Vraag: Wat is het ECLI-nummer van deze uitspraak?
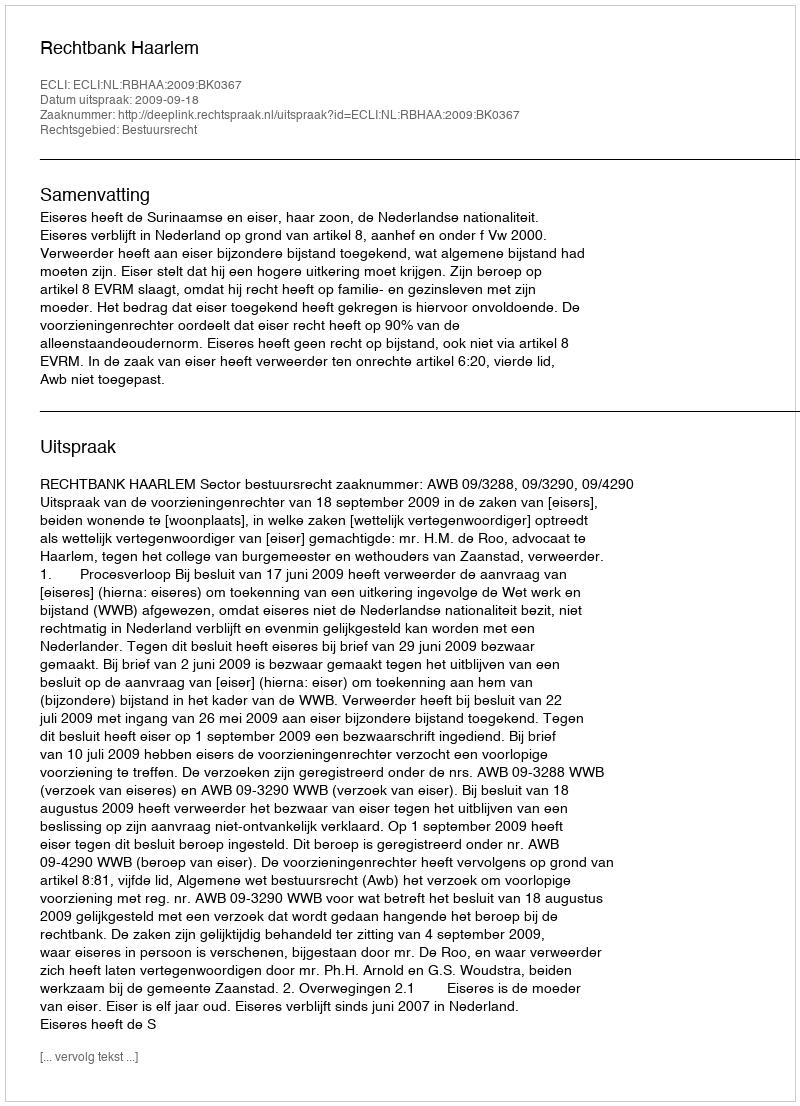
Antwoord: ECLI:NL:RBHAA:2009:BK0367